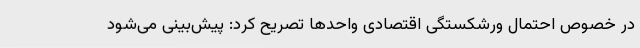
در خصوص احتمال ورشکستگی اقتصادی واحدها تصریح کرد: پیش‌بینی می‌شود